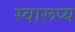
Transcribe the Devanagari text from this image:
स्वारूप्य